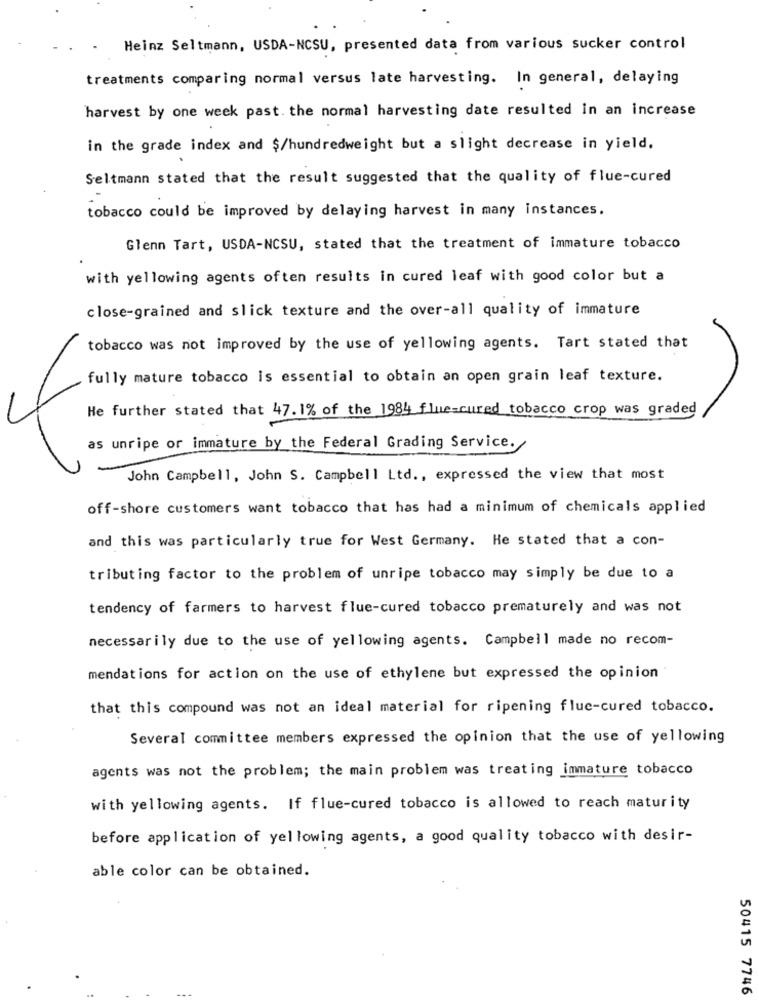
Heinz Seltmann, USDA-NCSU, presented data from various sucker control
treatments comparing normal versus late harvesting. In general, delaying
harvest by one week past. the normal harvesting date resulted in an increase
in the grade index and $/hundredweight but a slight decrease in yield.
Seltmann stated that the result suggested that the quality of flue-cured
tobacco could be improved by delaying harvest in many instances.
Glenn Tart, USDA-NCSU, stated that the treatment of immature tobacco
with yellowing agents often results in cured leaf with good color but a
close-grained and slick texture and the over-all quality of immature
tobacco was not improved by the use of yellowing agents. Tart stated that
fully mature tobacco is essential to obtain an open grain leaf texture.
He further stated that 47.1% of the 1984 flue=cured tobacco crop was graded
as unripe or immature by the Federal Grading Service.
John Campbell, John S. Campbell Ltd ., expressed the view that most
off-shore customers want tobacco that has had a minimum of chemicals applied
and this was particularly true for West Germany. He stated that a con-
tributing factor to the problem of unripe tobacco may simply be due to a
tendency of farmers to harvest flue-cured tobacco prematurely and was not
necessarily due to the use of yellowing agents. Campbell made no recom-
mendations for action on the use of ethylene but expressed the opinion
that this compound was not an ideal material for ripening fluc-cured tobacco.
Several committee members expressed the opinion that the use of yellowing
agents was not the problem; the main problem was treating immature tobacco
with yellowing agents. If flue-cured tobacco is allowed to reach maturity
before application of yellowing agents, a good quality tobacco with desir-
able color can be obtained.
50415 7746